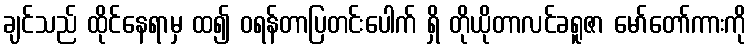
ချင်သည် ထိုင်နေရာမှ ထ၍ ဝရန်တာပြတင်းပေါက် ရှိ တိုယိုတာလင်ခရူဇာ မော်တော်ကားကို